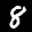
Label: 8